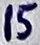
Text: 15